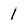
Character: 1